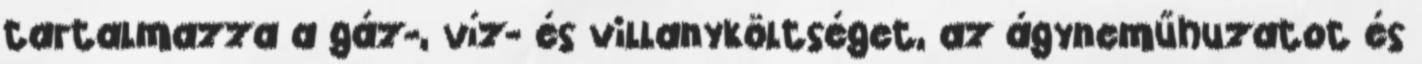
tartalmazza a gáz-, víz- és villanyköltséget, az ágyneműhuzatot és